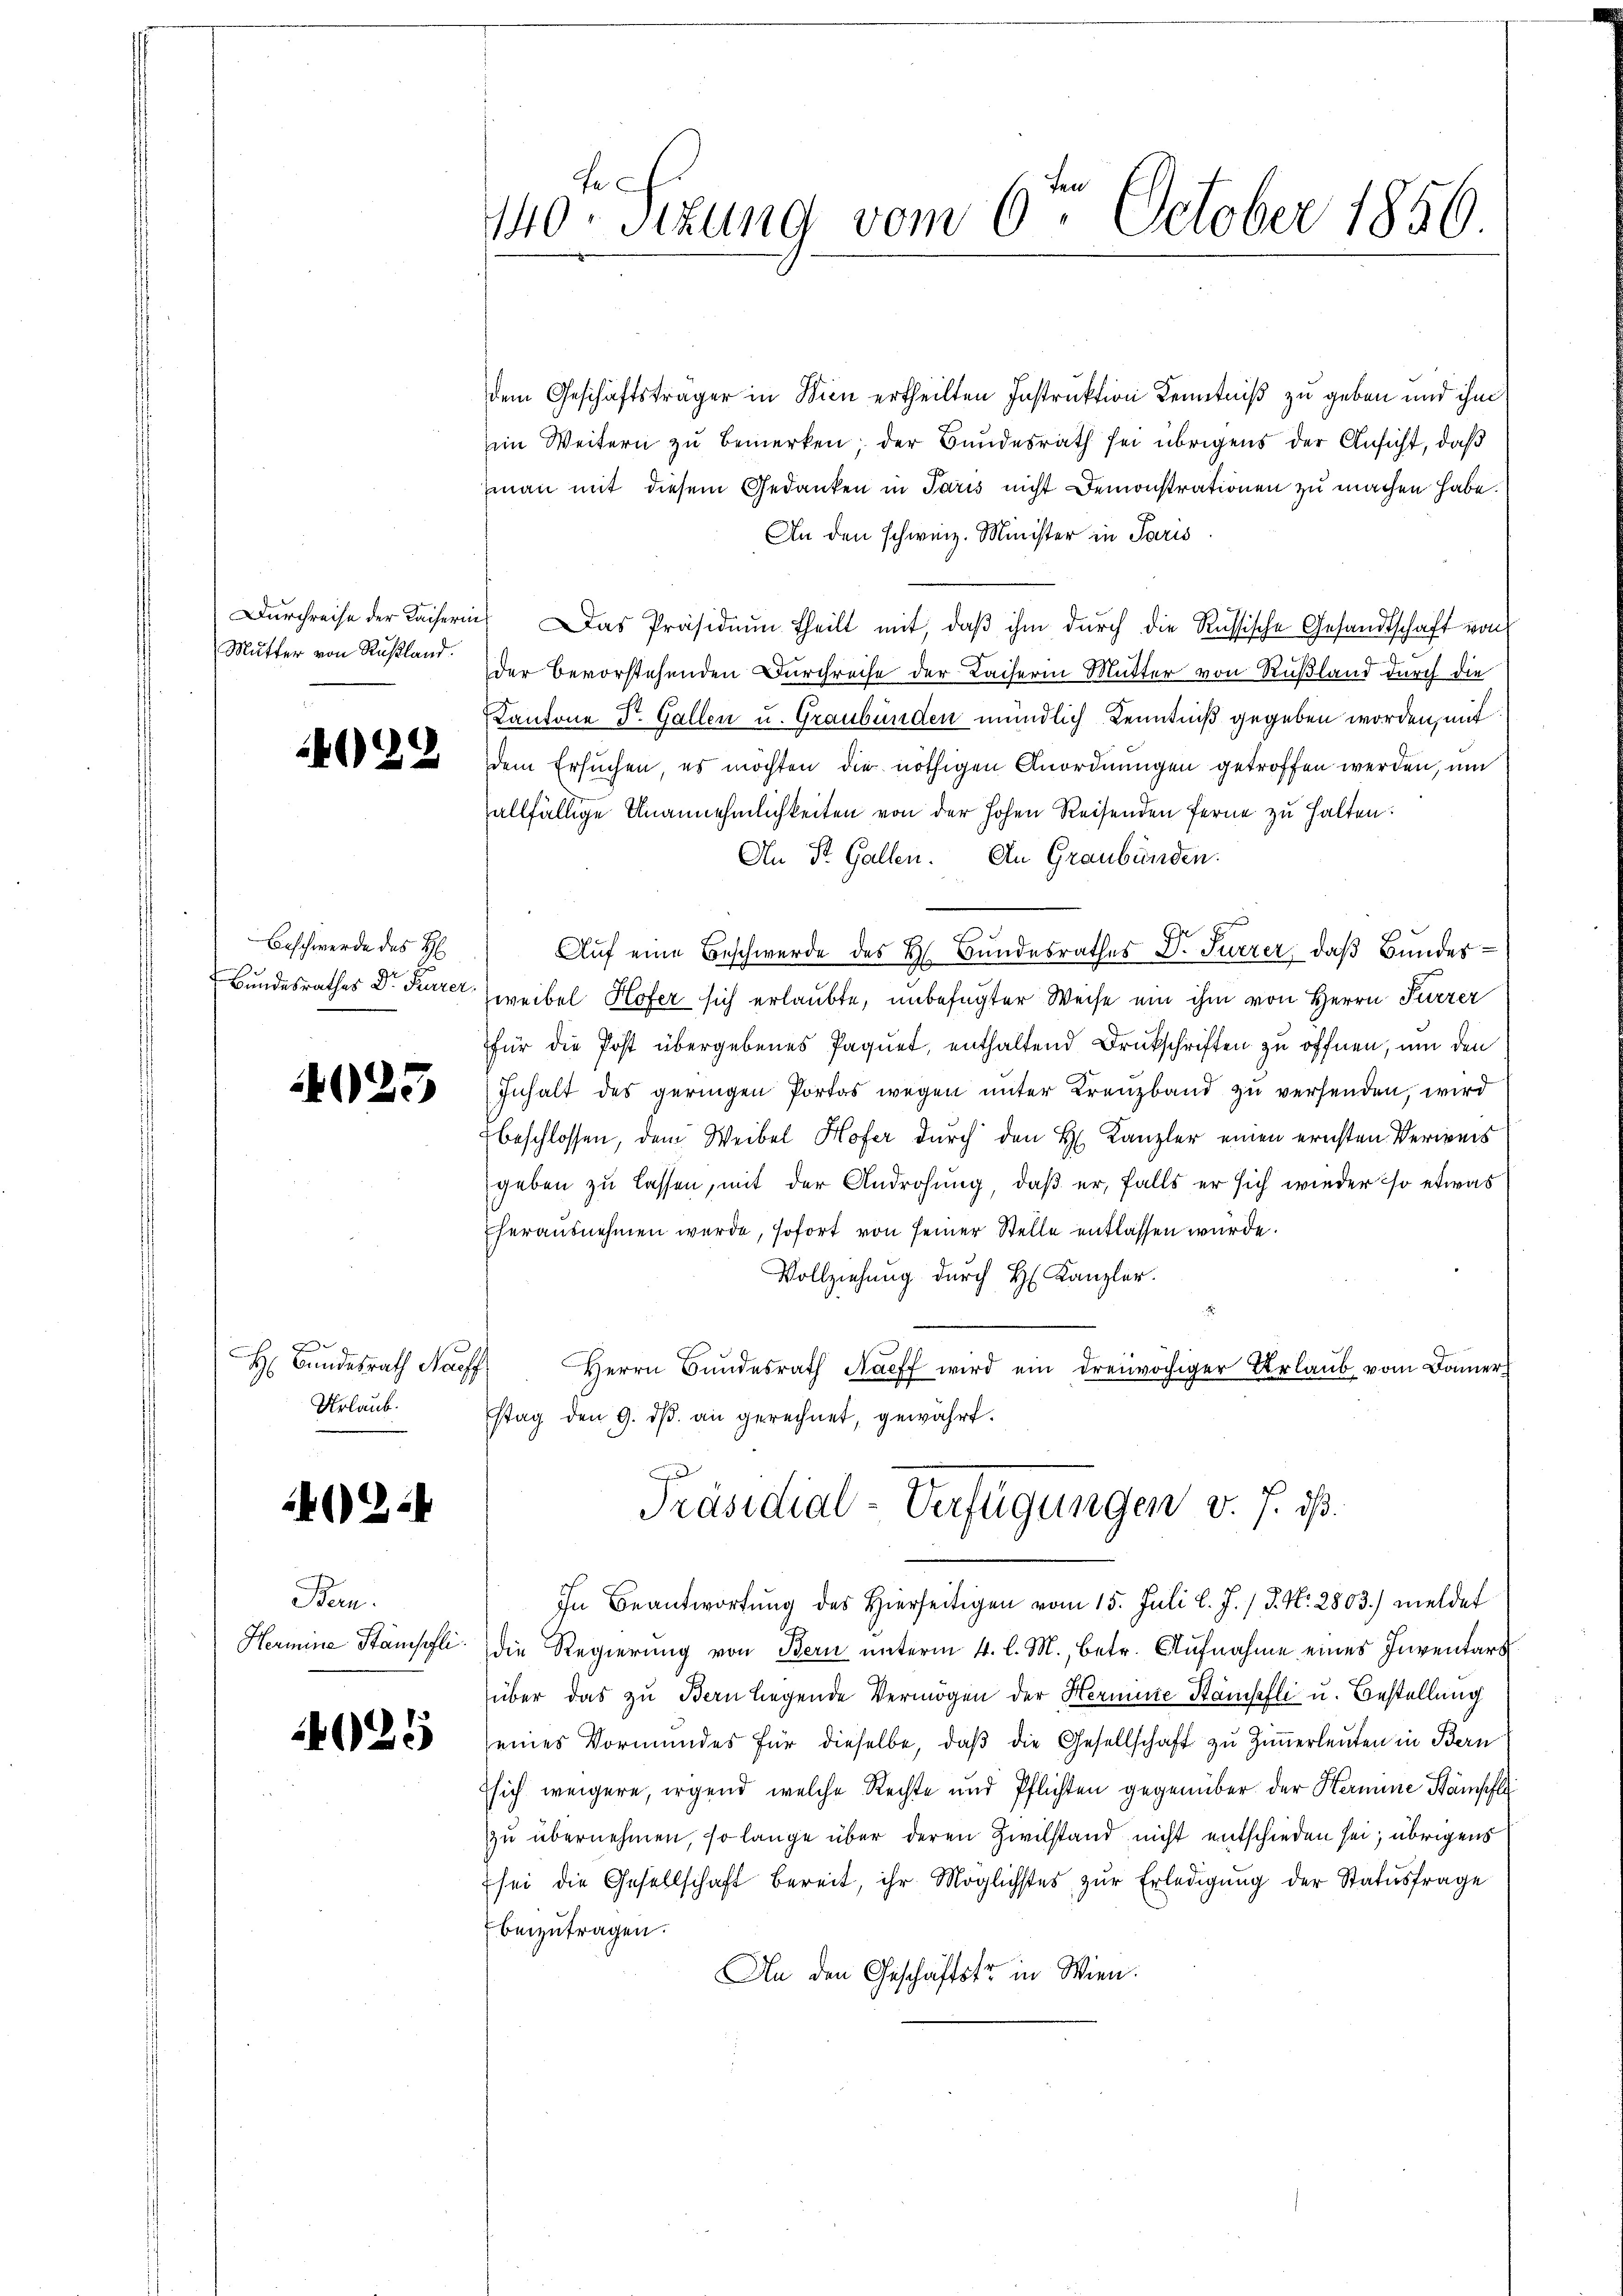
Mutter von Rußland.

4022

Beschwerde des H

023

A
H Bundesrath Nag
Urlaub.

4024

Ban.
Hermine Stampfli

025

Fe
140. Sitzung vom 6. October 1856.

dem Geschäftsträger in Wien ertheilten Instruktion Kenntniß zu geben und ihm
im Weitern zu bemerken; der Bundesrath sei übrigens der Ansicht, daß
zman mit diesem Gedanken in Paris nicht Demonstrationen zu machen habe
An den schweiz. Minister in Paris
Dŭrchreise der Kaiserin. Das Präsidiŭm theilt mit, daβ ihm durch die Russische Gesandtschaft von
der bevorstehenden Durchreise der Laiserin Mutter von Rußland durch die
Kantone Dr. Gallen u. Graubünden mündlich Kenntniß gegeben worden, mit
dem Ersuchen, es möchten die nöthigen Anordnungen getroffen werden, um
allfällige Unannehmlichkeiten von der hohen Reisenden ferne zu halten:
An St. Gallen. An Graubünden.
Aŭf eine Beschwerde des H. Bundesrathes D. Furrer, daß Bundes¬
Bundesrathes Dr. Furrer weibel Hofer sich erlaubte, unbefugter Weise ein ihm von Herrn Furrer
für die Post übergebenes Paquet, enthaltend Druckschriften zu öffnen, um den
Inhalt des geringen Portas wegen ŭnter Kreuzband zu versenden, wird
beschlossen, dem Weibel Hofer durch den H. Kanzler einen ernsten Verweis
geben zu lassen, mit der Androhung, daß er, falls er sich wieder so etwas
herausnehmen wurde, sofort von seiner Stelle entlassen würde.
Vollziehung durch H. Kanzler.
s
Herrn Bundesrath Naeff wird ein dreiwöchiger Urlaŭb vom Bauer
stag den 9. dβ an gerechnet, gewährt.
Präsidial-Verfügungen v. J. ist.
In Beantwortung des hierseitigen vom 15. Juli l. J. J. N. 2803. meldet
die Regierung von Bern unterm 4. l. M., betr. Aufnahme eines Inventars
über das zu Bern liegende Vermögen der Hermine Kampfli u. Bestellung
seines Vormundes für dieselbe, daβ die Gesellschaft zu Zimmerleuten in Bern
sich weigere, irgend welche Rechte und Pflichten gegenüber der Hermine Stämpfli
zu übernehmen, so lange über deren Zivilstand nicht entschieden sei, übrigens
sei die Gesellschaft bereit, ihr Möglichstes zŭr Erledigŭng der Statŭsfrage
beizutragen.
An den Geschäftstr in Wien.